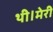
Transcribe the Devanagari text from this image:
थी।मेरी